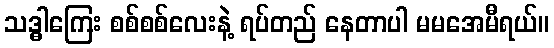
သဒ္ဓါကြေး စစ်စစ်လေးနဲ့ ရပ်တည် နေတာပါ မမအေမီရယ်။